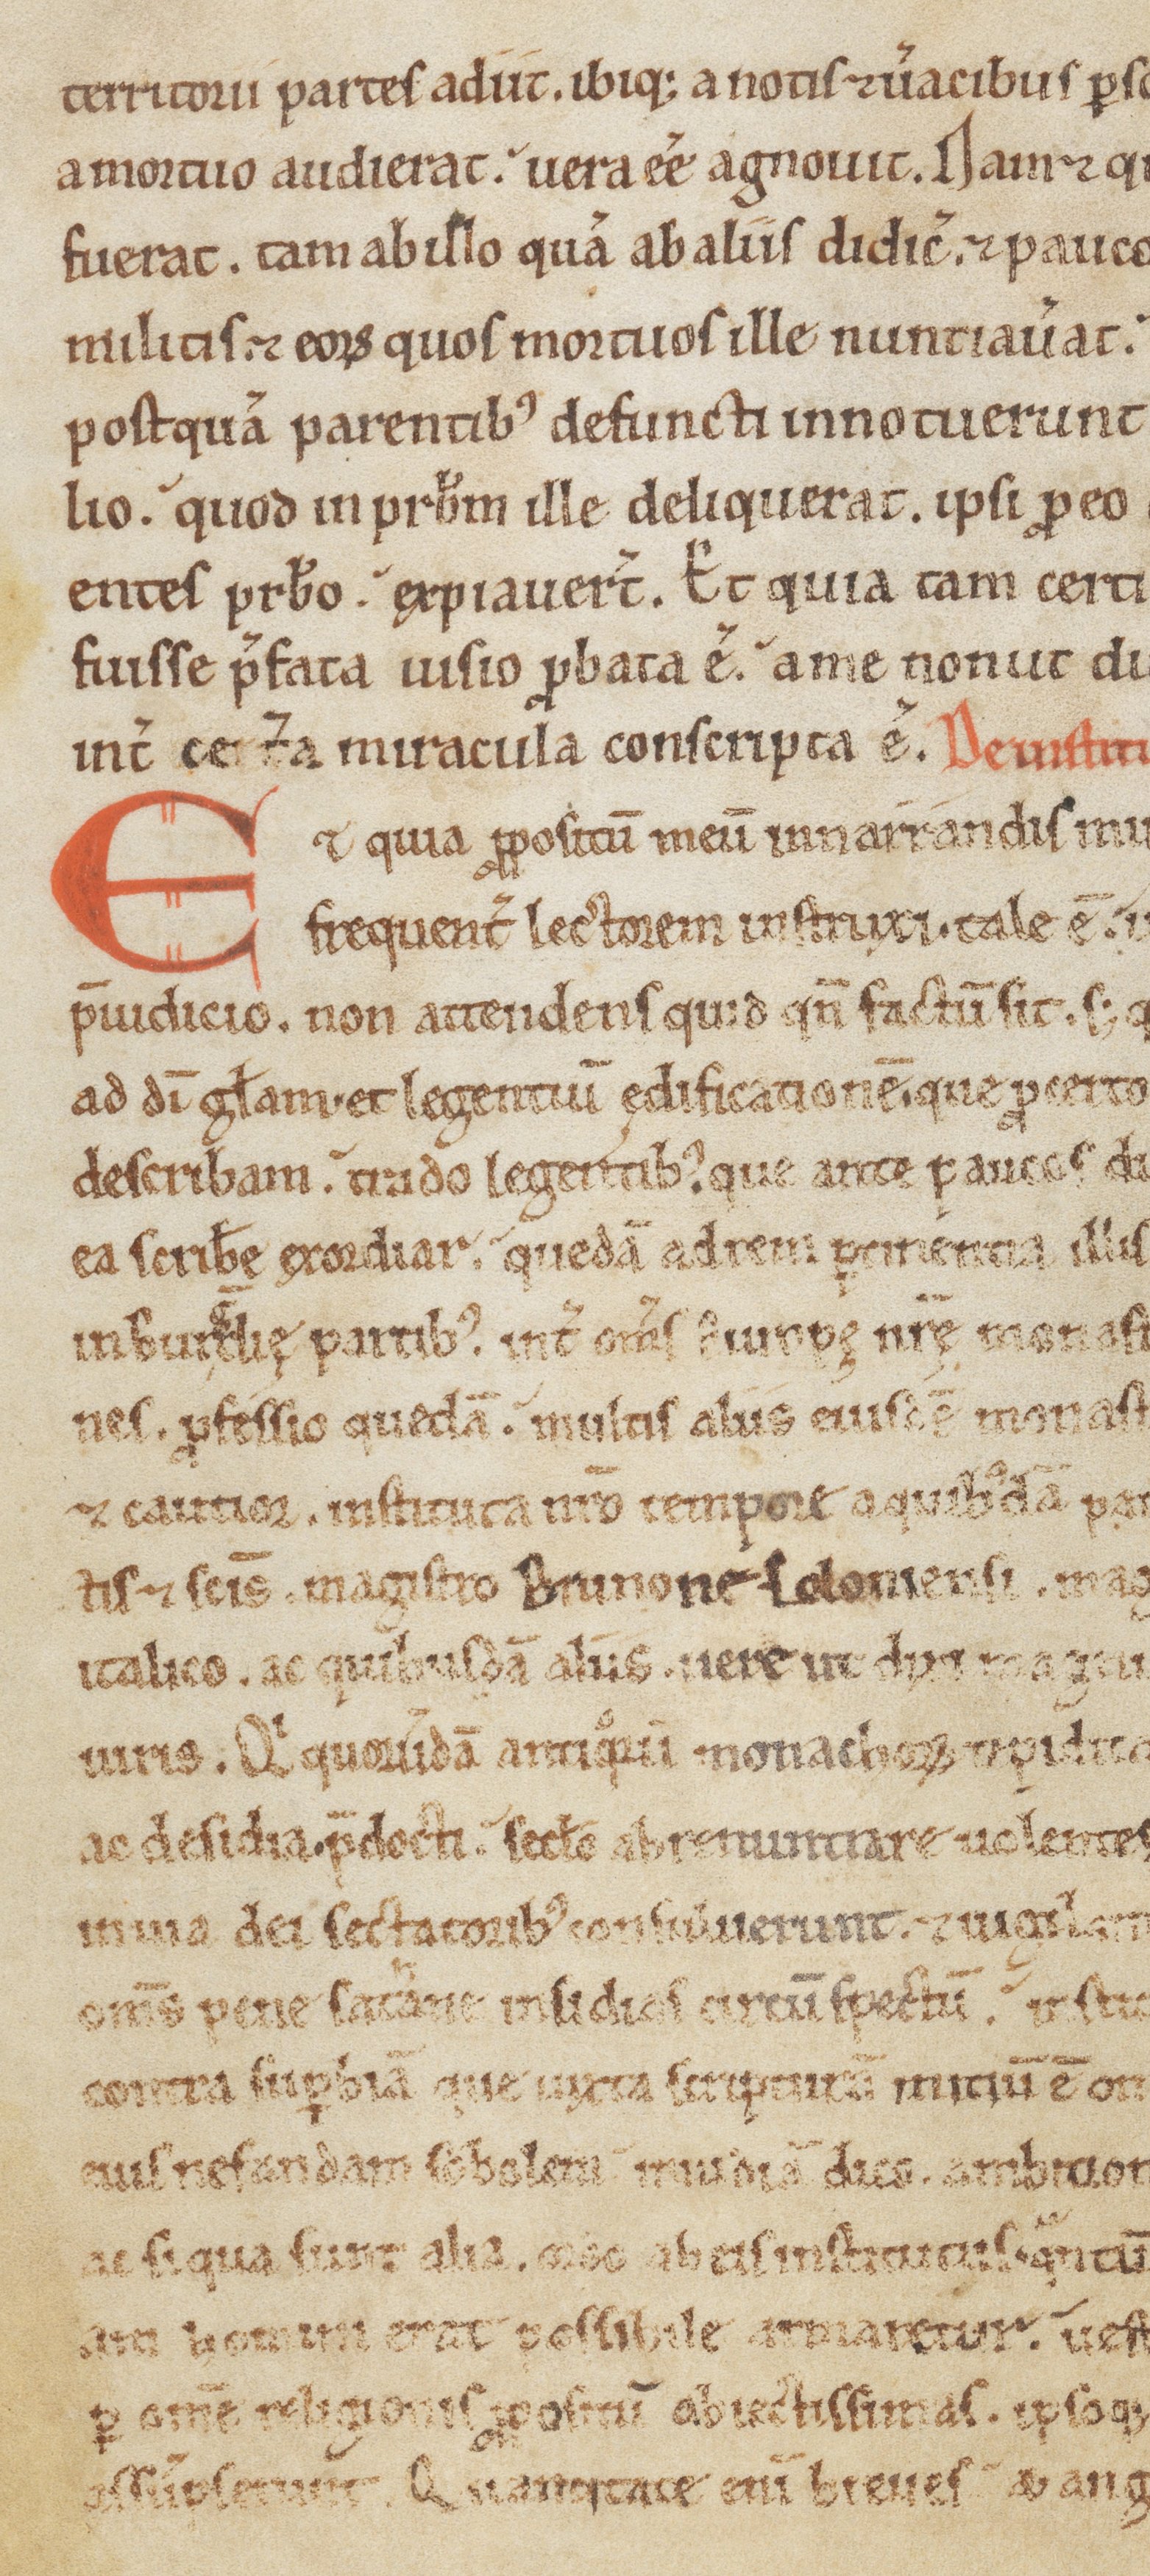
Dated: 1150–1199